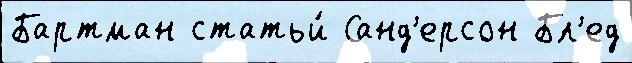
Бартман статьи́ Санд'ерсон Бл'ед